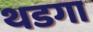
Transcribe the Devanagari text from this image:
थडगा